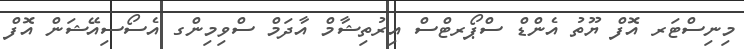
މިނިސްޓަރ އޮފް ޔޫތު އެންޑް ސްޕޯރޓްސް އިރުތިޝާމް އާދަމް ސްވިމިންގ އެސޯސިއޭޝަން އޮފް